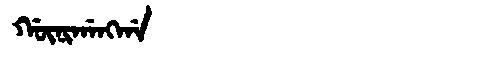
Manchu: ᡤᡡᠨᡳᡤᠠᠩᡤᠠ
Romanization: GŪNIGANGGA